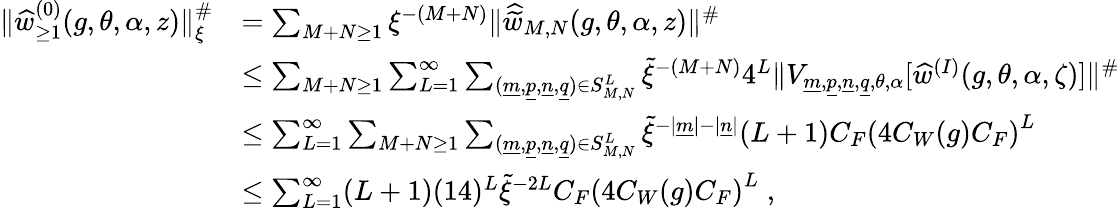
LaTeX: \begin{array}{rl}{\| \widehat{w}_{\geq 1}^{(0)}(g,\theta,\alpha,z)\| _{\xi}^{\# }}&{=\sum_{M+N\geq 1}{\xi}^{-(M+N)}\| \widehat{\widetilde{w}}_{M,N}(g,\theta,\alpha,z)\| ^{\# }}\\ &{\leq\sum_{M+N\geq 1}\sum_{L=1}^{\infty}\sum_{(\underline{{m}},\underline{{p}},\underline{{n}},\underline{{q}})\in S_{M,N}^{L}}\widetilde{\xi}^{-(M+N)}4^{L}\| V_{\underline{{m}},\underline{{p}},\underline{{n}},\underline{{q}},\theta,\alpha}[\widehat{w}^{(I)}(g,\theta,\alpha,\zeta)]\| ^{\# }}\\ &{\leq\sum_{L=1}^{\infty}\sum_{M+N\geq 1}\sum_{(\underline{{m}},\underline{{p}},\underline{{n}},\underline{{q}})\in S_{M,N}^{L}}\widetilde{\xi}^{-|\underline{{m}}|-|\underline{{n}}|}(L+1)C_{F}\left(4C_{W}(g)C_{F}\right)^{L}}\\ &{\leq\sum_{L=1}^{\infty}(L+1)(14)^{L}\widetilde{\xi}^{-2L}C_{F}\left(4C_{W}(g)C_{F}\right)^{L}\; ,}\end{array}